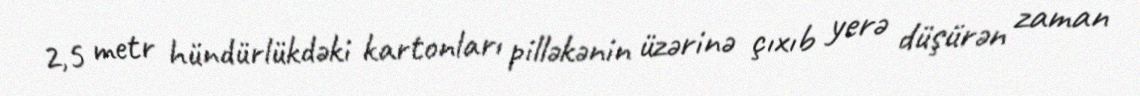
2,5 metr hündürlükdəki kartonları pilləkənin üzərinə çıxıb yerə düşürən zaman